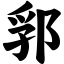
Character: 郛